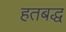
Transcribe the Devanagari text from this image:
हतबद्ध